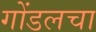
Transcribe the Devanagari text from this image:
गोंडलचा